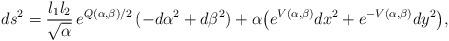
LaTeX: \begin{align*}ds^2 ={l_1 l_2 \over \sqrt{\alpha}}\,e^{Q(\alpha,\beta)/2}\,(- d\alpha^2 + d\beta^2) + \alpha {\left(e^{V(\alpha,\beta)} dx^2 + e^{-V(\alpha,\beta)}dy^2\right)},\end{align*}